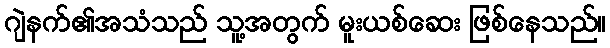
ဂျဲနက်၏အသံသည် သူ့အတွက် မူးယစ်ဆေး ဖြစ်နေသည်။